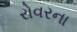
રોવરના